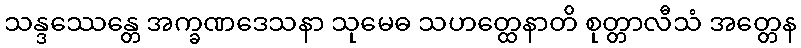
သန္ဒဿေန္တေ အက္ခဏဒေသနာ သုမေဓ သဟတ္ထေနာတိ စုတ္တာလီသံ အတ္တေန